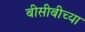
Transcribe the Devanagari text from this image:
बीसीबीच्या